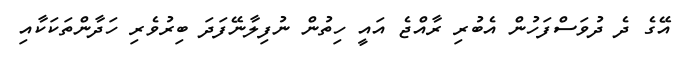
އޭގެ ދެ ދުވަސްފަހުން އެބުރި ރާއްޖެ އައީ ހިތުން ނުފިލާނޭފަދަ ބިރުވެރި ހަދާންތަކަކާއި